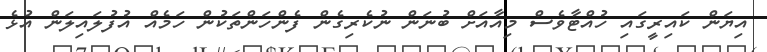
އިޔަން ކައިރީގައި ހުއްޓާވެސް މިއާއަށް ބުނަން ނުކެރިގެން ފެންހަންތަކުން ހަމެއް އުފުލައިލަން އުޅެ